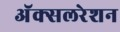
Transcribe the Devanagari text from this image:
अॅक्सलरेशन